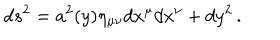
d s ^ { 2 } = a ^ { 2 } ( y ) \eta _ { \mu \nu } d x ^ { \mu } d x ^ { \nu } + d y ^ { 2 } \, .